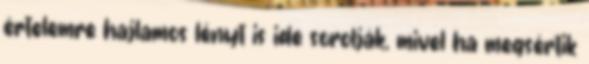
értelemre hajlamos lényt is ide sorolják, mivel ha megsértik